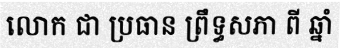
លោក ជា ប្រធាន ព្រឹទ្ធសភា ពី ឆ្នាំ